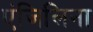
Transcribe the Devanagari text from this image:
एंजिलिना